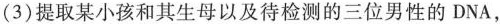
(3)提取某小孩和其生母以及待检测的三位男性的DNA，